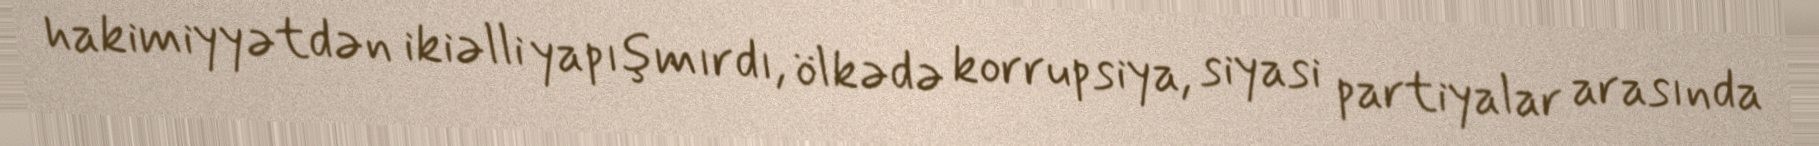
hakimiyyətdən ikiəlli yapışmırdı, ölkədə korrupsiya, siyasi partiyalar arasında